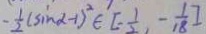
- \frac { 1 } { 2 } ( \sin \alpha - 1 ) ^ { 2 } \in [ - \frac { 1 } { 2 } , - \frac { 1 } { 1 8 } ]